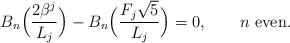
LaTeX: \begin{align*}B_n \Big(\frac{2\beta ^j }{L_j}\Big) - B_n \Big(\frac{F_j \sqrt 5}{ L_j}\Big) = 0,\qquad\mbox{$n$ even}.\end{align*}